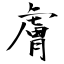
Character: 膚